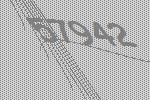
57942